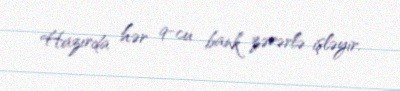
Hazırda hər 9-cu bank zərərlə işləyir.